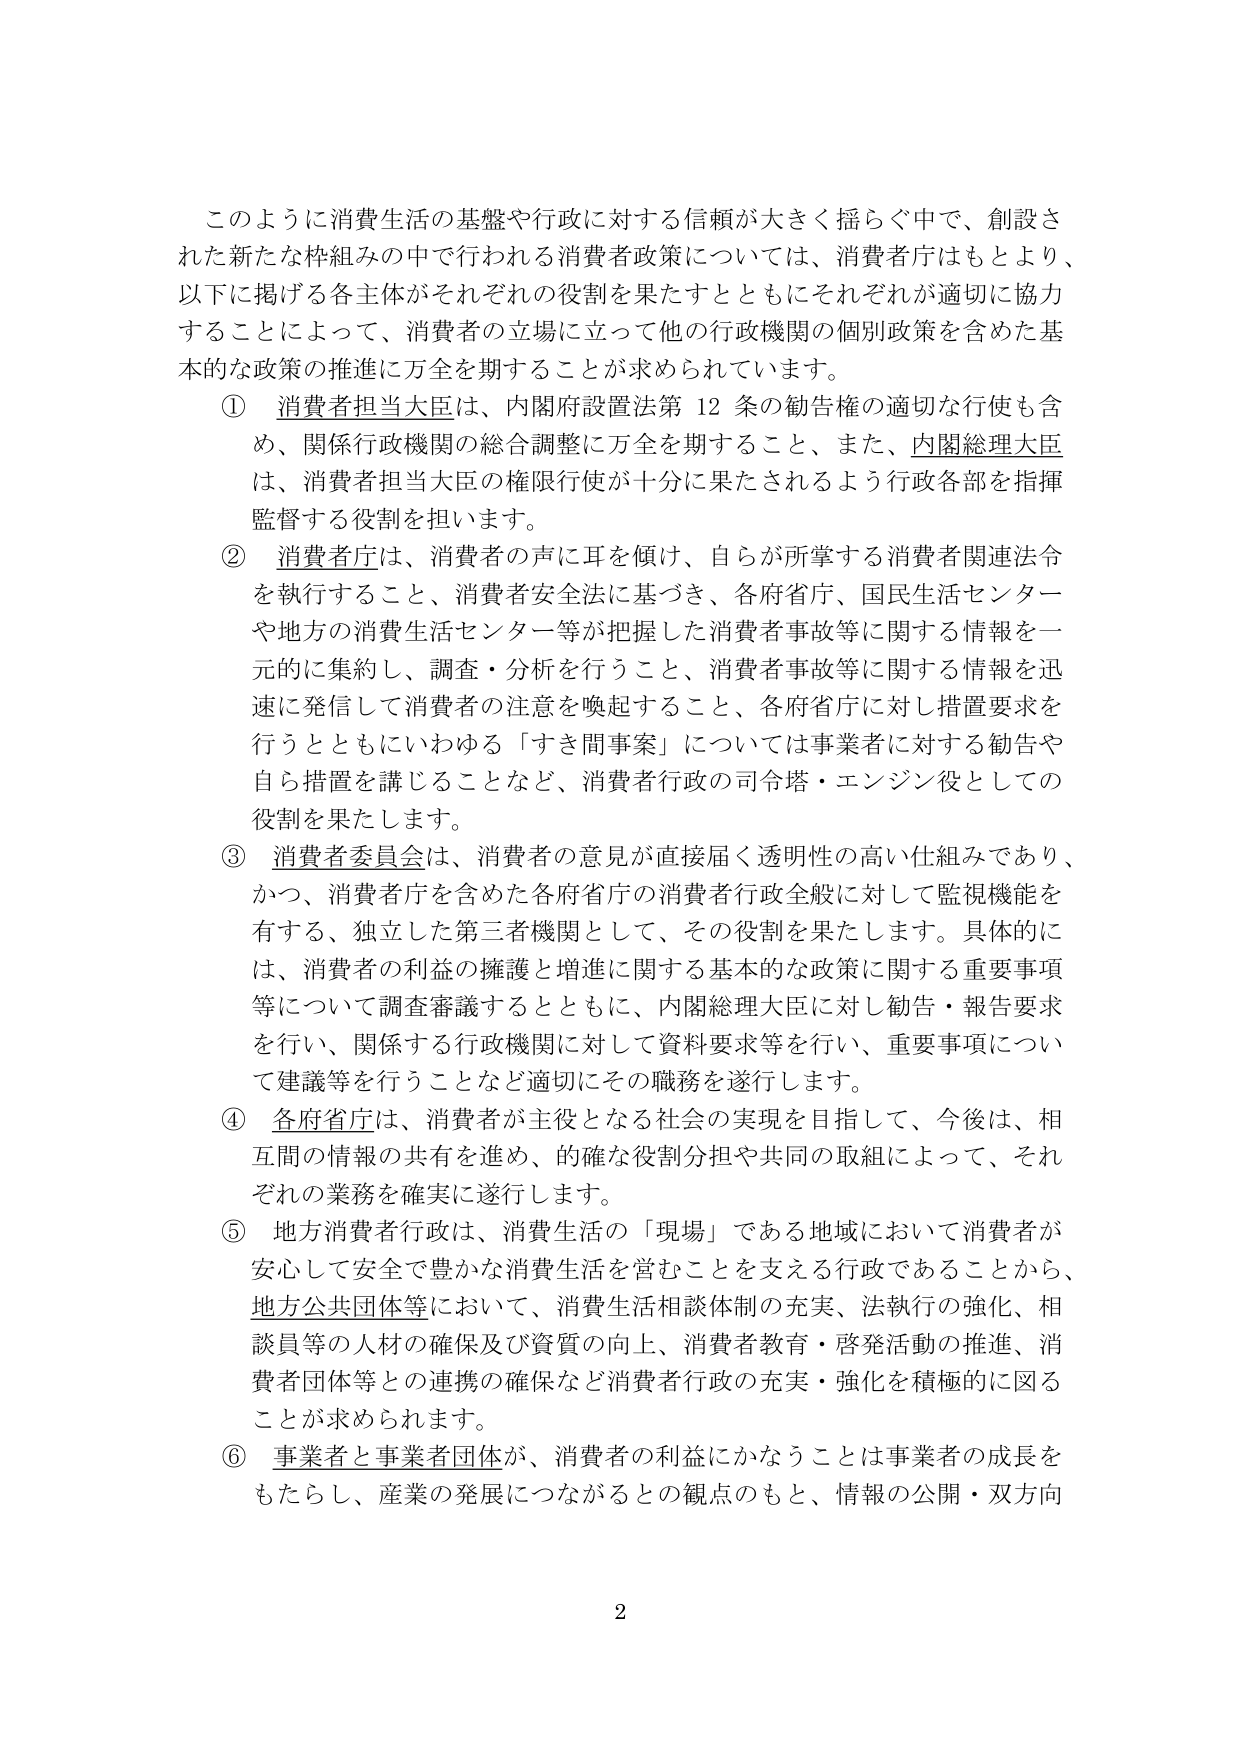
このような消費生活の基盤や行政に対する信頼が大きく揺らぐ中で、創設された新たな枠組みの中で行われる消費者政策については、消費者庁はもとより、以下に掲げる各主体がそれぞれの役割を果たすとともにそれぞれが適切に協力することによって、消費者の立場に立って他の行政機関の個別政策を含めた基本的な政策の推進に万全を期することが求められています。

① 消費者担当大臣は、内閣府設置法第12条の勧告権の適切な行使も含め、関係行政機関の総合調整に万全を期すること、また、内閣総理大臣は、消費者担当大臣の権限行使が十分に果たされるよう行政各部を指揮監督する役割を担います。

② 消費者庁は、消費者の声に耳を傾け、自らが所掌する消費者関連法令を執行すること、消費者安全法に基づき、各府省庁、国民生活センターや地方の消費生活センター等が把握した消費者事故等に関する情報を一元的に集約し、調査・分析を行うこと、消費者事故等に関する情報を迅速に発信して消費者の注意を喚起すること、各府省庁に対し措置要求を行うとともにいわゆる「すき間事案」については事業者に対する勧告や自ら措置を講じることなど、消費者行政の司令塔・エンジン役としての役割を果たします。

③ 消費者委員会は、消費者の意見が直接届く透明性の高い仕組みであり、かつ、消費者庁を含めた各府省庁の消費者行政全般に対して監視機能を有する、独立した第三者機関として、その役割を果たします。具体的には、消費者の利益の擁護と増進に関する基本的な政策に関する重要事項等について調査審議するとともに、内閣総理大臣に対し勧告・報告要求を行い、関係する行政機関に対して資料要求等を行い、重要事項について建議等を行うことなど適切にその職務を遂行します。

④ 各府省庁は、消費者が主役となる社会の実現を目指して、今後は、相互間の情報の共有を進め、的確な役割分担や共同の取組によって、それぞれの業務を確実に遂行します。

⑤ 地方消費者行政は、消費生活の「現場」である地域において消費者が安心して安全で豊かな消費生活を営むことを支える行政であることから、地方公共団体等において、消費生活相談体制の充実、法執行の強化、相談員等人材の確保及び資質の向上、消費者教育・啓発活動の推進、消費者団体等との連携の確保など消費者行政の充実・強化を積極的に図ることが求められます。

⑥ 事業者と事業者団体が、消費者の利益にかなうことは事業者の成長をもたらし、産業の発展につながるとの観点のもと、情報の公開・双方向

2